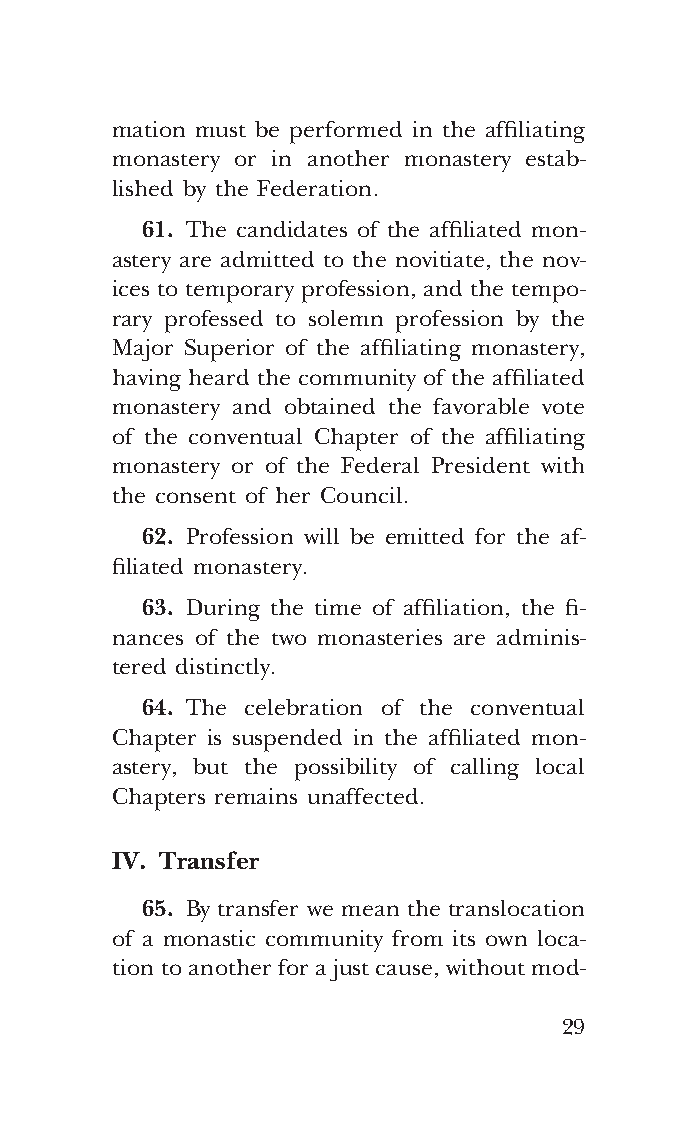
COR ORANS – NUOVO FORMATO – INGLESE 2ª BOZZA – 24 maggio 2018 – 11:12
 mation must be performed in the affiliating
 monastery or in another monastery estab-
 lished by the Federation.
 61. The candidates of the affiliated mon-
 astery are admitted to the novitiate, the nov-
 ices to temporary profession, and the tempo-
 rary professed to solemn profession by the
 Major Superior of the affiliating monastery,
 having heard the community of the affiliated
 monastery and obtained the favorable vote
 of the conventual Chapter of the affiliating
 monastery or of the Federal President with
 the consent of her Council.
 62. Profession will be emitted for the af-
 filiated monastery.
 63. During the time of affiliation, the fi-
 nances of the two monasteries are adminis-
 tered distinctly.
 64. The celebration of the conventual
 Chapter is suspended in the affiliated mon-
 astery, but the possibility of calling local
 Chapters remains unaffected.
 IV. Transfer
 65. By transfer we mean the translocation
 of a monastic community from its own loca-
 tion to another for a just cause, without mod-
 29